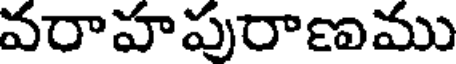
వరాహపురాణము